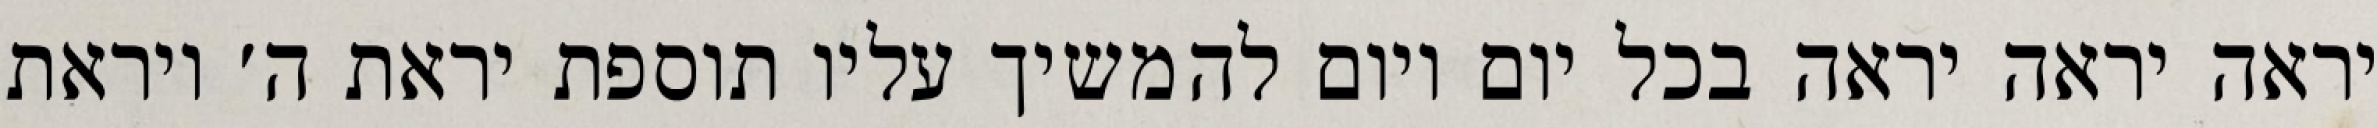
יראה יראה יראה בכל יום ויום להמשיך עליו תוספת יראת ה׳ ויראת